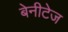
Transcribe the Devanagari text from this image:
बेनीटेज